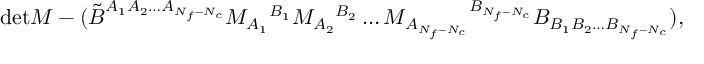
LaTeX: \mathrm { d e t } M - ( \tilde { B } ^ { A _ { 1 } A _ { 2 } \ldots A _ { N _ { f } - N _ { c } } } M _ { A _ { 1 } } { } ^ { B _ { 1 } } M _ { A _ { 2 } } { } ^ { B _ { 2 } } \ldots M _ { A _ { N _ { f } - N _ { c } } } { } ^ { B _ { N _ { f } - N _ { c } } } B _ { B _ { 1 } B _ { 2 } \ldots B _ { N _ { f } - N _ { c } } } ) ,